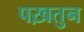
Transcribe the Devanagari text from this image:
पख़तुन